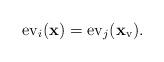
LaTeX: \begin{align*}{\rm ev}_i({\bf x}) = {\rm ev}_j({\bf x}_{\rm v}).\end{align*}